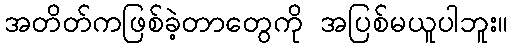
အတိတ်ကဖြစ်ခဲ့တာတွေကို အပြစ်မယူပါဘူး။